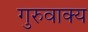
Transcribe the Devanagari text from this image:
गुरुवाक्य